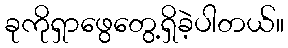
ခုကိုရှာဖွေတွေ့ရှိခဲ့ပါတယ်။